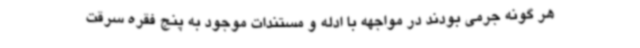
هر گونه جرمی بودند در مواجهه با ادله و مستندات موجود به پنج فقره سرقت